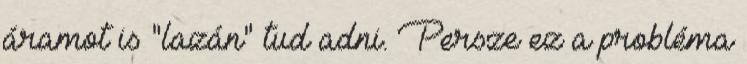
áramot is "lazán" tud adni. Persze ez a probléma